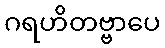
ဂရဟိတဗ္ဗာပေ